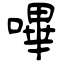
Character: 嗶